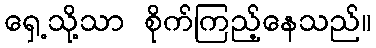
ရှေ့သို့သာ စိုက်ကြည့်နေသည်။